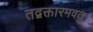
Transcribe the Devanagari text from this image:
तद्वक्तारमवतु।